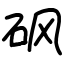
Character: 砜